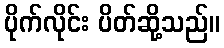
ပိုက်လိုင်း ပိတ်ဆို့သည်။